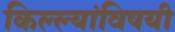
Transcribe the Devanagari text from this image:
किल्ल्यांविषयी